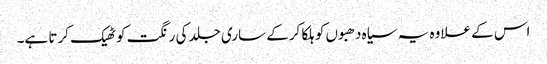
اس کے علاوہ یہ سیاہ دھبوں کو ہلکا کرکے ساری جلد کی رنگت کو ٹھیک کرتا ہے۔